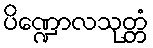
ပိဏ္ဍောလသုတ္တံ